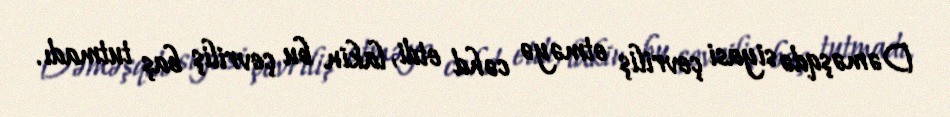
Dəməşqdə siyasi çevriliş etməyə cəhd etdi, lakin bu çevriliş baş tutmadı.